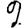
Digit: 2